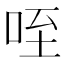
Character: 咥